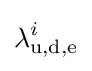
\lambda _{\text{u,d,e}}^{i}